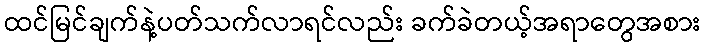
ထင်မြင်ချက်နဲ့ပတ်သက်လာရင်လည်း ခက်ခဲတယ့်အရာတွေအစား